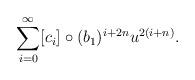
LaTeX: \begin{align*} \sum_{i=0}^{\infty} [c_i] \circ (b_1)^{i + 2n} u^{2(i+n)}. \end{align*}